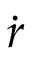
\dot { \boldsymbol { r } }